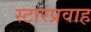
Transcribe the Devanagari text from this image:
स्टारप्रवाह